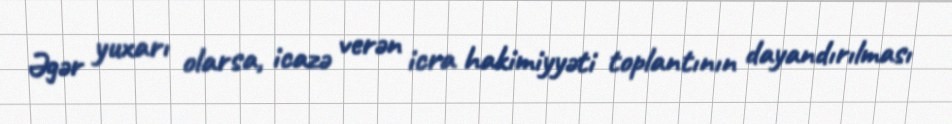
Əgər yuxarı olarsa, icazə verən icra hakimiyyəti toplantının dayandırılması